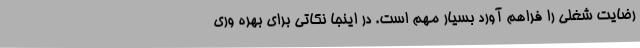
رضایت شغلی را فراهم آورد بسیار مهم است. در اینجا نکاتی برای بهره وری